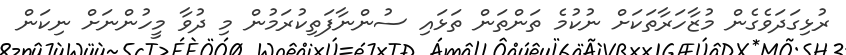
ރުޅިގަދަވެގެން މުޒާހަރާތަކަށް ނުކުމެ ތަންތަން ތަޅައި ސުންނާފަތިކުރަމުން މި ދުވާ މީހުންނަށް ނިކަން